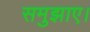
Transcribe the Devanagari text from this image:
समुझाए।